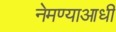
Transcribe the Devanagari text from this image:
नेमण्याआधी